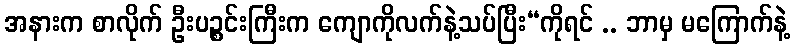
အနားက စာလိုက် ဦးပဉ္စင်းကြီးက ကျောကိုလက်နဲ့သပ်ပြီး“ကိုရင် .. ဘာမှ မကြောက်နဲ့